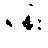
ရုန်း